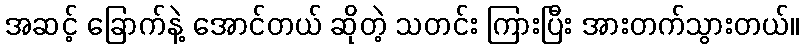
အဆင့် ခြောက်နဲ့ အောင်တယ် ဆိုတဲ့ သတင်း ကြားပြီး အားတက်သွားတယ်။